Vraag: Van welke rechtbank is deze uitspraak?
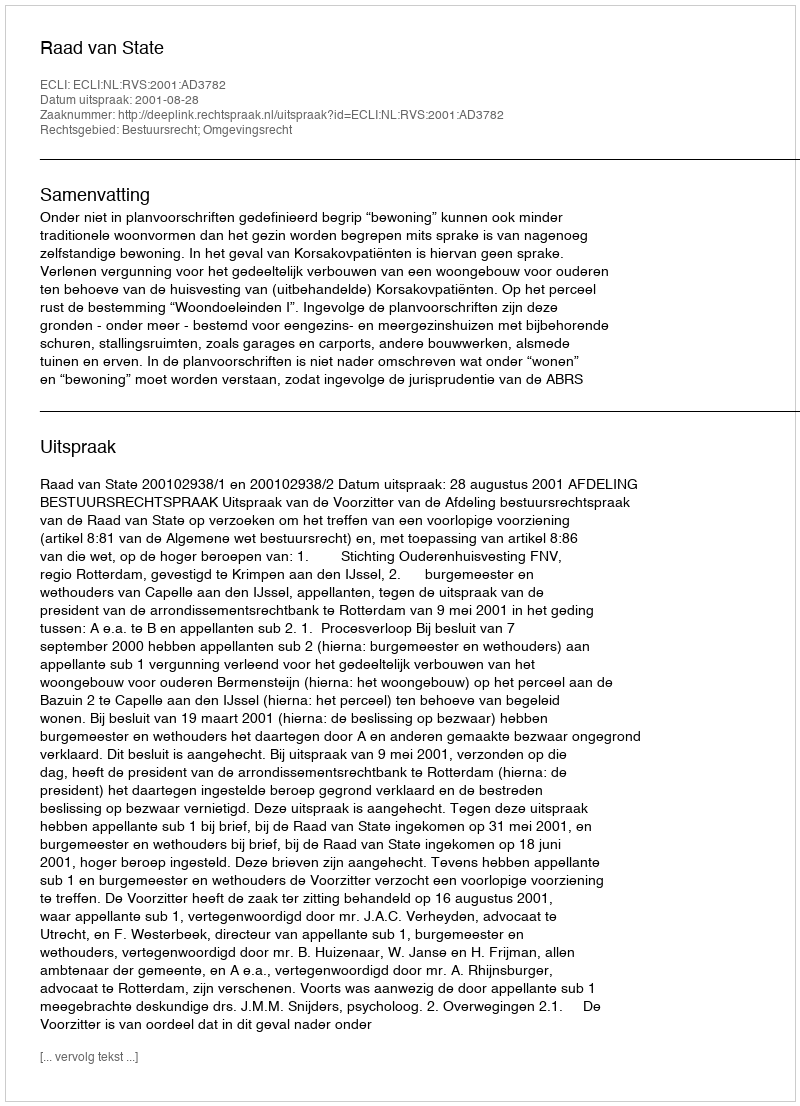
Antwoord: Raad van State